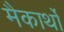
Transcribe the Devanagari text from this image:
मैकार्थों